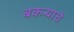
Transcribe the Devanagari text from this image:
बकऱ्याचे